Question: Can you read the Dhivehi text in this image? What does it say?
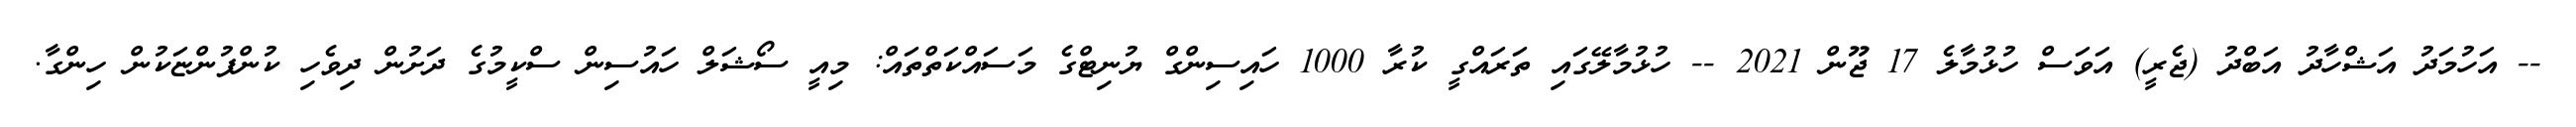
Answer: -- އަހުމަދު އަޝްހާދު އަބްދު (ޖެރީ) އަވަސް ހުޅުމާލެ 17 ޖޫން 2021 -- ހުޅުމާލޭގައި ތަރައްގީ ކުރާ 1000 ހައިސިންގް ޔުނިޓްގެ މަސައްކަތްތައް: މިއީ ސޯޝަލް ހައުސިން ސްކީމުގެ ދަށުން ދިވެހި ކުންފުންޏަކުން ހިންގާ.